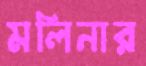
মলিনার